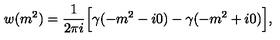
w ( m ^ { 2 } ) = \frac { 1 } { 2 \pi i } \Bigl [ \gamma ( - m ^ { 2 } - i 0 ) - \gamma ( - m ^ { 2 } + i 0 ) \Bigr ] ,